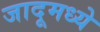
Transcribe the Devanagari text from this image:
जादूमध्ये